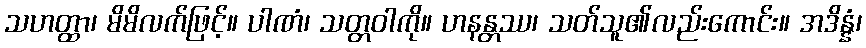
သဟတ္ထာ၊ မိမိလက်ဖြင့်။ ပါဏံ၊ သတ္တဝါကို။ ဟနန္တဿ၊ သတ်သူ၏လည်းကောင်း။ အဒိန္နံ၊